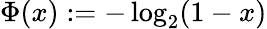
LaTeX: \Phi(x):=-\log_{2}(1-x)